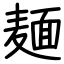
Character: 麺